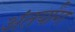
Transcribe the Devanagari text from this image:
अंतर्यांग